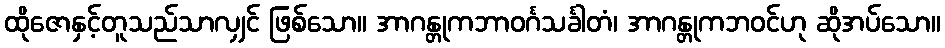
ထိုဇောနှင့်တူသည်သာလျှင် ဖြစ်သော။ အာဂန္တုကဘာဝင်္ဂသင်္ခါတံ၊ အာဂန္တုကဘဝင်ဟု ဆိုအပ်သော။